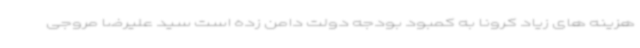
هزینه های زیاد کرونا به کمبود بودجه دولت دامن زده است سید علیرضا مروجی